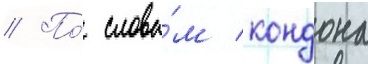
// По́ слова́м кондона